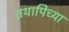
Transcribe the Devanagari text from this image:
तथापिच्या